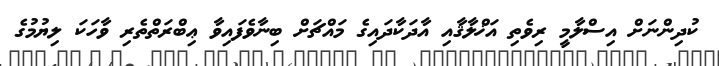
ކުދިންނަށް އިސްލާމީ ރިވެތި އަޚްލާޤާއި އާދަކާދައިގެ މައްޗަށް ބިނާވެފައިވާ ޢިބްރަތްތެރި ވާހަކަ ލިޔުމުގެ